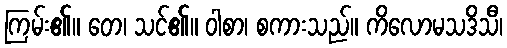
ကြမ်း၏။ တေ၊ သင်၏။ ဝါစာ၊ စကားသည်။ ကိလောမသဒိသီ၊